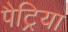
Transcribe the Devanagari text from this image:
पैट्रिया